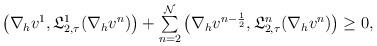
LaTeX: \begin{align*} \begin{array}{ll} \big(\nabla_h v^{1},\mathfrak{L}_{2,\tau}^{1}(\nabla_h v^{n})\big)+\sum\limits^{\mathcal{N}}_{n=2} \big(\nabla_h v^{n-\frac{1}{2}},\mathfrak{L}_{2,\tau}^{n}(\nabla_h v^{n})\big)\geq 0, \end{array} \end{align*}